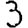
Digit: 3